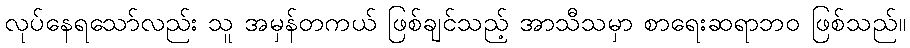
လုပ်နေရသော်လည်း သူ အမှန်တကယ် ဖြစ်ချင်သည့် အာသီသမှာ စာရေးဆရာဘဝ ဖြစ်သည်။